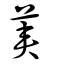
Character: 莢